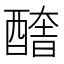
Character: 𨢔